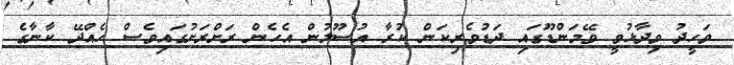
ވަހީދު ވިދާޅުވީ ވޭމަންޑޫގައި ދަޑުވެރިކަން ކުރާ އުސޫލުން އެހެން ރަށްރަށުގައިވެސް ހެއްދޭ ކާނާގެ